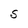
Character: s